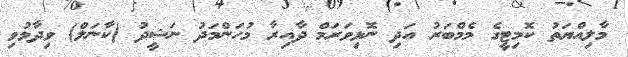
މާލިއްޔަތު ކޮމިޓީގެ މެމްބަރު އަދި ނޮޅިވަރަމް ދާއިރާ މުހަންމަދު ނަޝީދު (ކާނަލް) ވިދާޅުވި